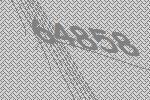
64858